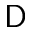
\mathsf { D }